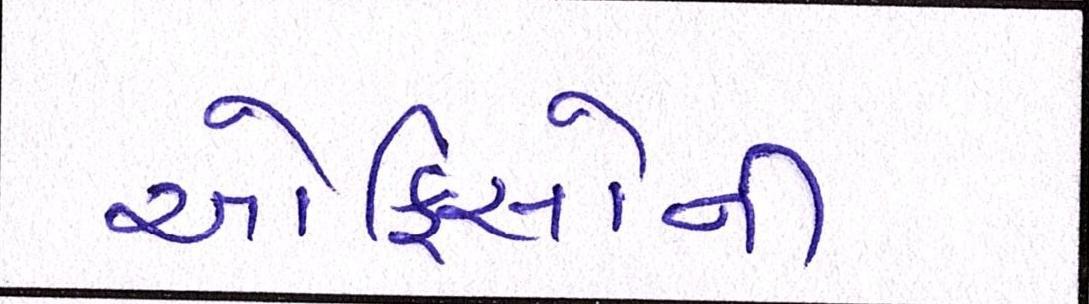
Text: ઓફિસોની